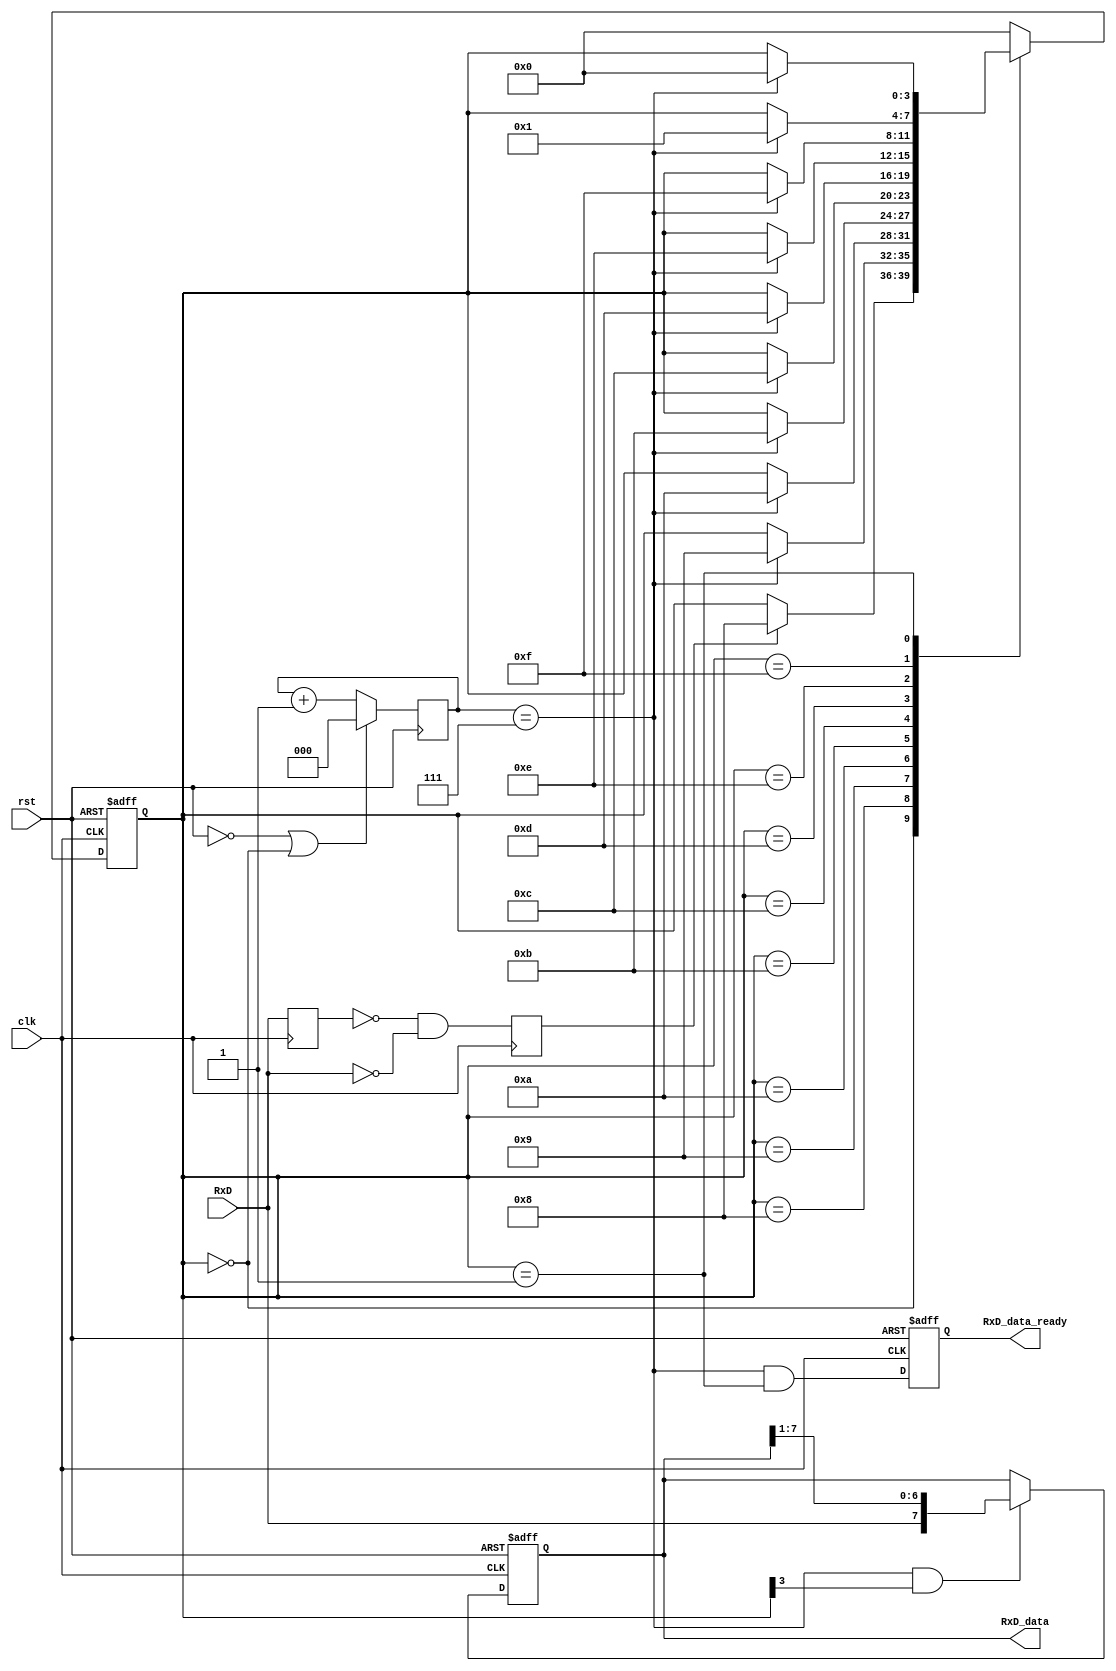
module rcv(clk,
           rst,
           RxD,
           RxD_data,
           RxD_data_ready,
           );
input       clk,
            rst,
            RxD;
output[7:0] RxD_data;        //         
output      RxD_data_ready;  // 8RxD_data RxD_data_ready 


parameter  ClkFrequency = 25000000;  // 25MHz
parameter  Baud = 115200;            // 115200

reg[2:0]  bit_spacing;
reg       RxD_delay;
reg      RxD_start;
reg[3:0]  state;
reg[7:0]  RxD_data;
reg       RxD_data_ready;

// 8
parameter Baud8 = Baud*8;
parameter Baud8GeneratorAccWidth = 16;
wire    [Baud8GeneratorAccWidth:0] Baud8GeneratorInc = ((Baud8<<(Baud8GeneratorAccWidth-7))+(ClkFrequency>>8))/(ClkFrequency>>7);
reg     [Baud8GeneratorAccWidth:0] Baud8GeneratorAcc;

always @(posedge clk or negedge rst)
   if(~rst)
      Baud8GeneratorAcc <= 0;
   else  
    Baud8GeneratorAcc <= Baud8GeneratorAcc[Baud8GeneratorAccWidth-1:0] + Baud8GeneratorInc;

// Baud8Tick 8  115200*8 = 921600
//wire  Baud8Tick = Baud8GeneratorAcc[Baud8GeneratorAccWidth]; 
wire  Baud8Tick = 1; 

// next_bit   115200
always @( negedge rst)
 if(~rst||(state==0))
      bit_spacing <= 0;
 else if(Baud8Tick)
    bit_spacing <= bit_spacing + 1;
wire next_bit = (bit_spacing==7);

//  TxD RxD_start 1
always@(posedge clk)
 begin
  RxD_delay <= RxD;
    RxD_start <= (Baud8Tick &(~ RxD_delay) & (~RxD));
 end 

// 
always@(posedge clk or negedge rst)
 if(~rst)
    state <= 4'b0000;
 else if(Baud8Tick)
    case(state)
     4'b0000: if(RxD_start) state <= 4'b1000;  // 
     4'b1000: if(next_bit)  state <= 4'b1001;  // bit 0
     4'b1001: if(next_bit)  state <= 4'b1010;  // bit 1
     4'b1010: if(next_bit)  state <= 4'b1011;  // bit 2
     4'b1011: if(next_bit)  state <= 4'b1100;  // bit 3
     4'b1100: if(next_bit)  state <= 4'b1101;  // bit 4
     4'b1101: if(next_bit)  state <= 4'b1110;  // bit 5
     4'b1110: if(next_bit)  state <= 4'b1111;  // bit 6
     4'b1111: if(next_bit)  state <= 4'b0001;  // bit 7
     4'b0001: if(next_bit)  state <= 4'b0000;  // 
     default: state <= 4'b0000;
    endcase

//  RxD_data 
always @(posedge clk or negedge rst)
   if(~rst)
      RxD_data <= 8'b00000000;
 else if(Baud8Tick && next_bit && state[3])
  RxD_data <= {RxD, RxD_data[7:1]};

// RxD_data_ready 
always @(posedge clk or negedge rst)
   if(~rst)
      RxD_data_ready <= 0;
 else
    RxD_data_ready <= (Baud8Tick && next_bit && state==4'b0001);

endmodule